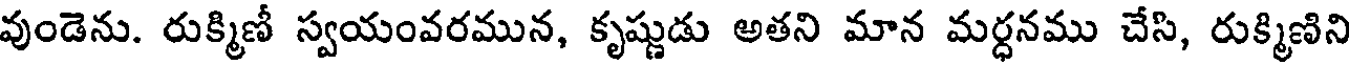
వుండెను. రుక్మిణీ స్వయంవరమున, కృష్ణుడు అతని మాన మర్ధనము చేసి, రుక్మిణిని